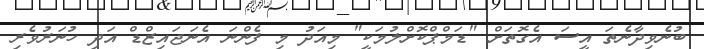
ބުނެވިދާނެތަ އީސަ އެގޮތަށް "ޑަމްޕްކޮށްލުމަކީ" މިއަދު މި ފެންނަ އެނަޖައިޒްޑް އަދި ހުނަރުވެރި